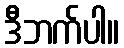
ဒီဘက်ပါ။